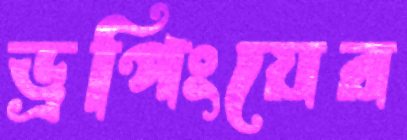
ড্রপিংয়ের